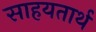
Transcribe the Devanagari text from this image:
साहयतार्थ